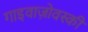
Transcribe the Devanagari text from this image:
गाइवाज़ोवस्की